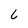
Character: 6